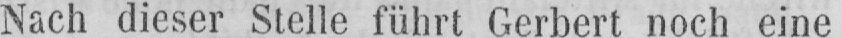
Nach dieser Stelle führt Gerbert noch eine